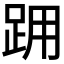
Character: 𨀍